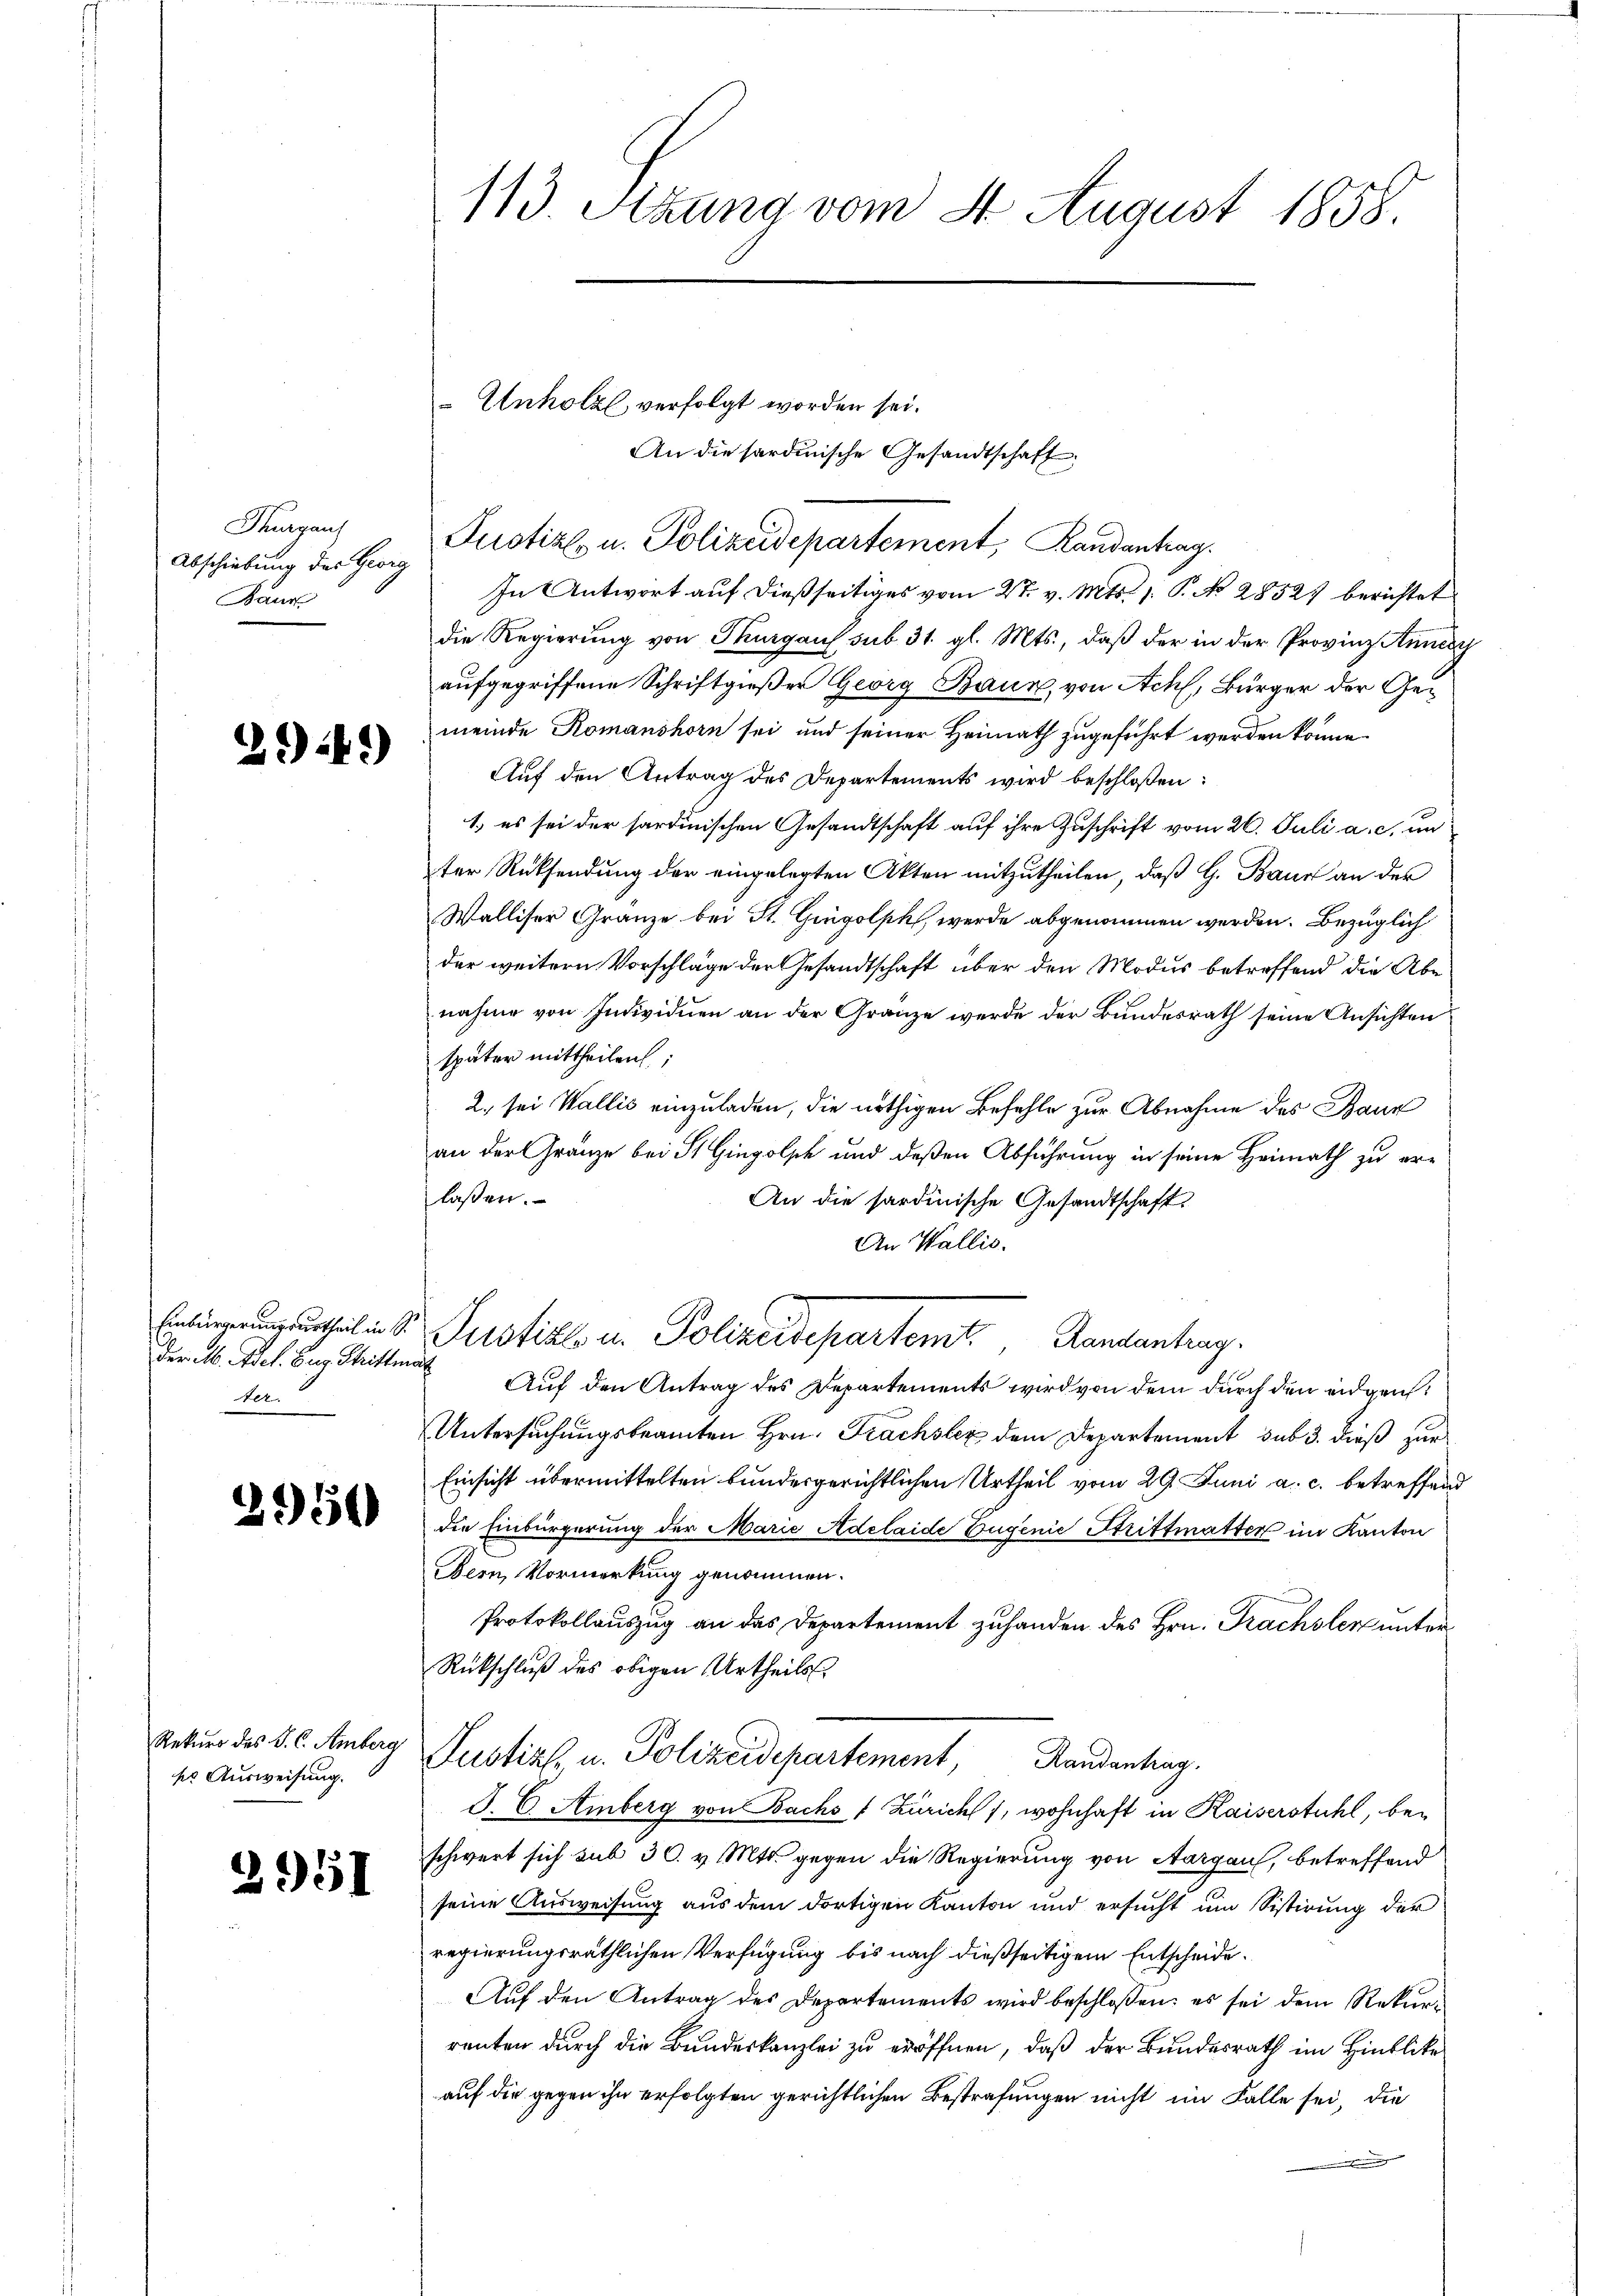
Thurgau
Abschiebung des Georg
Baur

291)

ter.

2950

Rekurs des P. C. Amberg
ser Ausweisung.

2951

113. Stung vom 4 August 1858.

Unholzl verfolgt worden sei.

In Antwort auf dießseitiges vom 2t. v. Mts. 1. P. No. 2852. berichtet
die Regierung von Thurgau sub 31. gl. Mts., daß der in der Provinz Annern
aufgegriffene Schriftgießer Georg Baur, von Ach, Bürger der Gemeinde Romanshorn sei und seiner Heimath zugeführt werden könne.
Auf den Antrag des Departements wird beschloßen:
1.) es sei der sardinischen Gesandtschaft auf ihre Zuschrift vom 26. Juli a. c. un
ter Rücksendung der eingelegten Akten mitzutheilen, daß G. Baur an der
Walliser Gränze bei St. Gingolph, werde abgenommen werden. Bezüglich
der weitern Vorschläge der Gesandtschaft über den Modus betreffend die Abenahme von Individuen an der Gränze werde der Bundesrath seine Ansichten
später mittheilen;
2. sei Wallis einzuladen, die nöthigen Befehle zur Abnahme des Baur
an der Gränze bei St. Gingolsch und deßen Abführung in seine Heimath zu erlaßen.
An die sardinische Gesandtschaft.
An Wallis.
I
gutheil in St. Justizlo u. Polizeidepartemt. Randantrag
Der A. Adel. Zug Shittmer Auf den Antrag des Departements wird von dem durch den eidgen
Untersuchungsbeamten Hrn. Frachslez dem Departement sub 3. dieß zur
Einsicht übermittelten bundesgerichtlichen Urtheil vom 29. Juni a. c. betreffend
die Einbürgerung der Marie Adelaide Eugenie Strittmatter im Kanton
Bern, Vormerkung genommen.
Protokollauszug an das Departement zuhanden des Hrn. Frachsler unter¬
Rückschluß des obigen Urtheils
Justizl, u. Polizeidepartement, Randantrag.
J. C. Amberg von Bachof Zürich), wohnhaft in Kaiserstuhl, beschwert sich sub 30. v. Mts. gegen die Regierung von Aargau, betreffend
seine Ausweisung aus dem dortigen Kanton und ersucht um Sistirung der
regierungsräthlichen Verfügung bis nach dießseitigem Entscheide.
Aŭf den Antrag des Departements wird beschlossen: es sei dem Rekŭr-
renten durch die Bundeskanzlei zu eröffnen, daß der Bundesrath im Hinblicke
auf die gegen ihn erfolgten gerichtlichen Bestrafungen nicht im Falle sei, die
e

Justiz u. Polizeidepartement, Randantrag.

An die sardinische Gesandtschaft